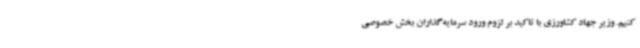
کنیم. وزیر جهاد کشاورزی با تاکید بر لزوم ورود سرمایه‌گذاران بخش خصوصی